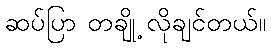
ဆပ်ပြာ တချို့ လိုချင်တယ်။